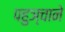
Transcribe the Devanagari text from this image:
पहुञ्चाने